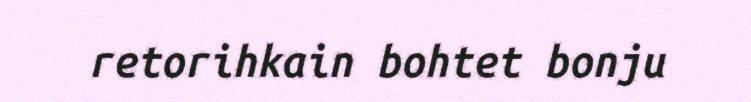
retorihkain bohtet bonju